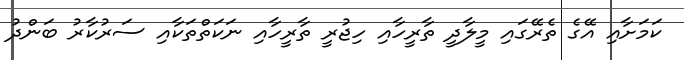
ކަމަށާއި އޭގެ ތެރޭގައި މީލާދީ ތާރީހާއި ހިޖުރީ ތާރީހާއި ނަކަތްތަކާއި ސަރުކާރު ބަންދު